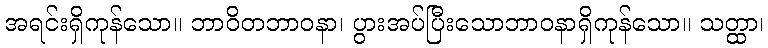
အရင်းရှိကုန်သော။ ဘာဝိတဘာဝနာ၊ ပွားအပ်ပြီးသောဘာဝနာရှိကုန်သော။ သတ္ထာ၊